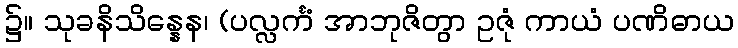
၌။ သုခနိသိန္နေန၊ (ပလ္လင်္ကံ အာဘုဇိတွာ ဥဇုံ ကာယံ ပဏိဓာယ